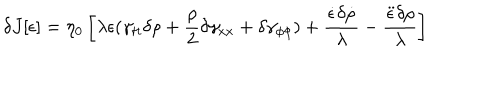
\delta J [ \epsilon ] = \eta _ { 0 } \left[ \lambda \epsilon ( \gamma _ { t t } \delta \rho + \frac { \rho } { 2 } \delta \gamma _ { x x } + \delta \gamma _ { \phi \phi } ) + \frac { \dot { \epsilon } \delta \dot { \rho } } { \lambda } - \frac { \ddot { \epsilon } \delta \rho } { \lambda } \right]